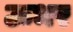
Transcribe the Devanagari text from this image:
ऊभर